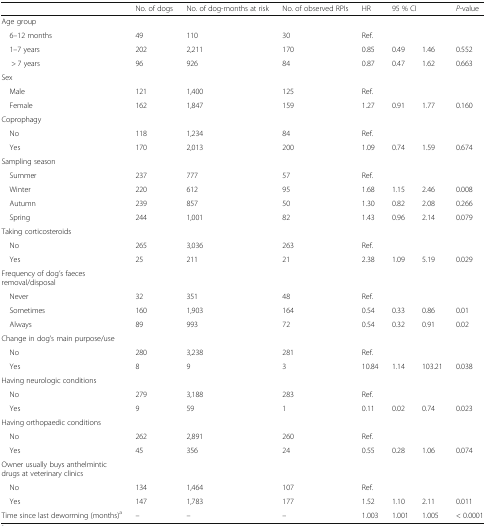
<table><thead><tr><td></td><td><b>No. of dogs</b></td><td><b>No. of dog-months at risk</b></td><td><b>No. of observed RPIs</b></td><td><b>HR</b></td><td colspan="2"><b>95 % CI</b></td><td><b><i>P</i>-value</b></td></tr></thead><tbody><tr><td colspan="8">Age group</td></tr><tr><td> 6–12 months</td><td>49</td><td>110</td><td>30</td><td>Ref.</td><td></td><td></td><td></td></tr><tr><td> 1–7 years</td><td>202</td><td>2,211</td><td>170</td><td>0.85</td><td>0.49</td><td>1.46</td><td>0.552</td></tr><tr><td>&gt; 7 years</td><td>96</td><td>926</td><td>84</td><td>0.87</td><td>0.47</td><td>1.62</td><td>0.663</td></tr><tr><td colspan="8">Sex</td></tr><tr><td> Male</td><td>121</td><td>1,400</td><td>125</td><td>Ref.</td><td></td><td></td><td></td></tr><tr><td> Female</td><td>162</td><td>1,847</td><td>159</td><td>1.27</td><td>0.91</td><td>1.77</td><td>0.160</td></tr><tr><td colspan="8">Coprophagy</td></tr><tr><td> No</td><td>118</td><td>1,234</td><td>84</td><td>Ref.</td><td></td><td></td><td></td></tr><tr><td> Yes</td><td>170</td><td>2,013</td><td>200</td><td>1.09</td><td>0.74</td><td>1.59</td><td>0.674</td></tr><tr><td colspan="8">Sampling season</td></tr><tr><td> Summer</td><td>237</td><td>777</td><td>57</td><td>Ref.</td><td></td><td></td><td></td></tr><tr><td> Winter</td><td>220</td><td>612</td><td>95</td><td>1.68</td><td>1.15</td><td>2.46</td><td>0.008</td></tr><tr><td> Autumn</td><td>239</td><td>857</td><td>50</td><td>1.30</td><td>0.82</td><td>2.08</td><td>0.266</td></tr><tr><td> Spring</td><td>244</td><td>1,001</td><td>82</td><td>1.43</td><td>0.96</td><td>2.14</td><td>0.079</td></tr><tr><td colspan="8">Taking corticosteroids</td></tr><tr><td> No</td><td>265</td><td>3,036</td><td>263</td><td>Ref.</td><td></td><td></td><td></td></tr><tr><td> Yes</td><td>25</td><td>211</td><td>21</td><td>2.38</td><td>1.09</td><td>5.19</td><td>0.029</td></tr><tr><td colspan="8">Frequency of dog’s faeces removal/disposal</td></tr><tr><td> Never</td><td>32</td><td>351</td><td>48</td><td>Ref.</td><td></td><td></td><td></td></tr><tr><td> Sometimes</td><td>160</td><td>1,903</td><td>164</td><td>0.54</td><td>0.33</td><td>0.86</td><td>0.01</td></tr><tr><td> Always</td><td>89</td><td>993</td><td>72</td><td>0.54</td><td>0.32</td><td>0.91</td><td>0.02</td></tr><tr><td colspan="8">Change in dog’s main purpose/use</td></tr><tr><td> No</td><td>280</td><td>3,238</td><td>281</td><td>Ref.</td><td></td><td></td><td></td></tr><tr><td> Yes</td><td>8</td><td>9</td><td>3</td><td>10.84</td><td>1.14</td><td>103.21</td><td>0.038</td></tr><tr><td colspan="8">Having neurologic conditions</td></tr><tr><td> No</td><td>279</td><td>3,188</td><td>283</td><td>Ref.</td><td></td><td></td><td></td></tr><tr><td> Yes</td><td>9</td><td>59</td><td>1</td><td>0.11</td><td>0.02</td><td>0.74</td><td>0.023</td></tr><tr><td colspan="8">Having orthopaedic conditions</td></tr><tr><td> No</td><td>262</td><td>2,891</td><td>260</td><td>Ref.</td><td></td><td></td><td></td></tr><tr><td> Yes</td><td>45</td><td>356</td><td>24</td><td>0.55</td><td>0.28</td><td>1.06</td><td>0.074</td></tr><tr><td colspan="8">Owner usually buys anthelmintic drugs at veterinary clinics</td></tr><tr><td> No</td><td>134</td><td>1,464</td><td>107</td><td>Ref.</td><td></td><td></td><td></td></tr><tr><td> Yes</td><td>147</td><td>1,783</td><td>177</td><td>1.52</td><td>1.10</td><td>2.11</td><td>0.011</td></tr><tr><td>Time since last deworming (months)<sup>a</sup></td><td>–</td><td>–</td><td>–</td><td>1.003</td><td>1.001</td><td>1.005</td><td>&lt; 0.0001</td></tr></tbody></table>